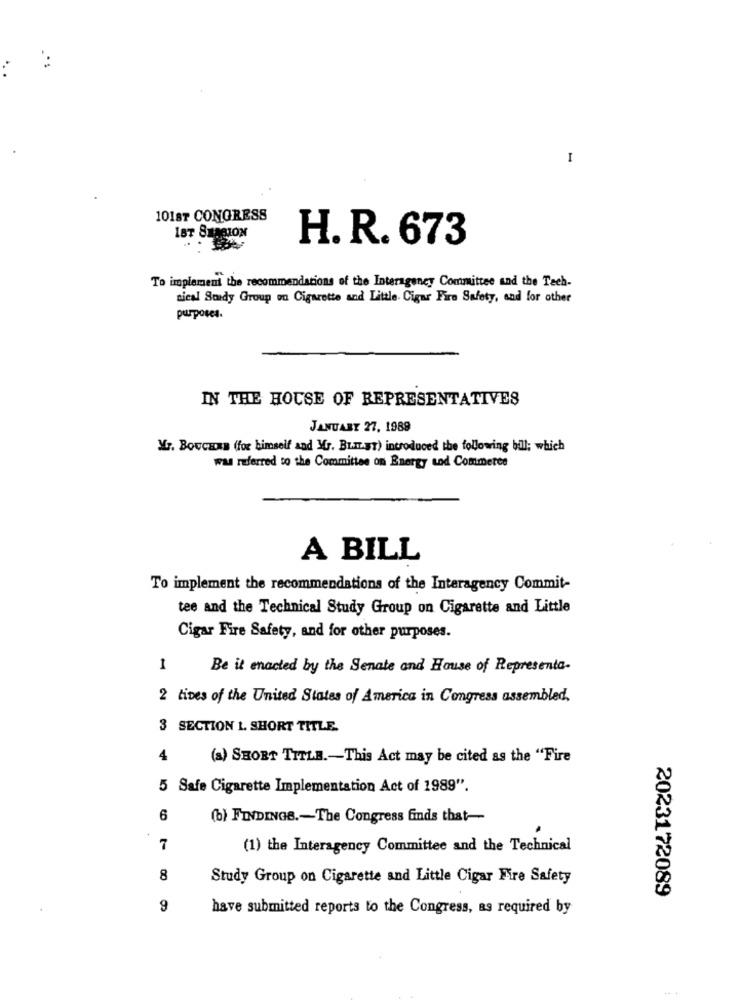
1
10187 CONGRESS
IST SIMCION
H. R. 673
To implement the recommendations of the Interagency Committee and the Tech-
nical Bundy Group on Cigarette and Little Cigar Fire Safety, and for other
purposes.
IN THE HOUSE OF REPRESENTATIVES
JANUARY 27, 1989
Yr. BOUCHKE (for himself and Mr. BLIET) introduced the following bill; which
was referred to the Committee on Energy tod Commerce
A BILL
To implement the recommendations of the Interagency Commit-
tee and the Technical Study Group on Cigarette and Little
Cigar Fire Safety, and for other purposes.
1
Be it enacted by the Senate and House of Representa-
2 tives of the United States of America in Congress assembled,
3 SECTION 1. SHORT TITLE.
4
(a) SHORT TITLE .- This Act may be cited as the "Fire
5 Safe Cigarette Implementation Act of 1989".
6
(b) FINDINGS .- The Congress finds that-
7
(1) the Interagency Committee and the Technical
8
Study Group on Cigarette and Little Cigar Fire Safety
2023172089
9
have submitted reports to the Congress, as required by